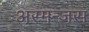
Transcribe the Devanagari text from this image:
अस्मन्जस